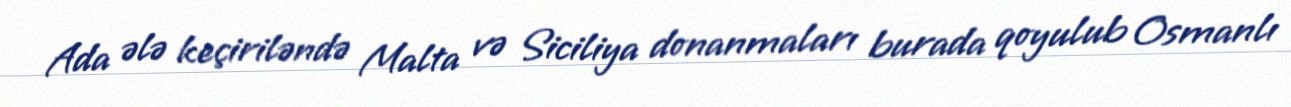
Ada ələ keçiriləndə Malta və Siciliya donanmaları burada qoyulub Osmanlı